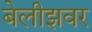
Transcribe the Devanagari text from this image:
बेलीझवर